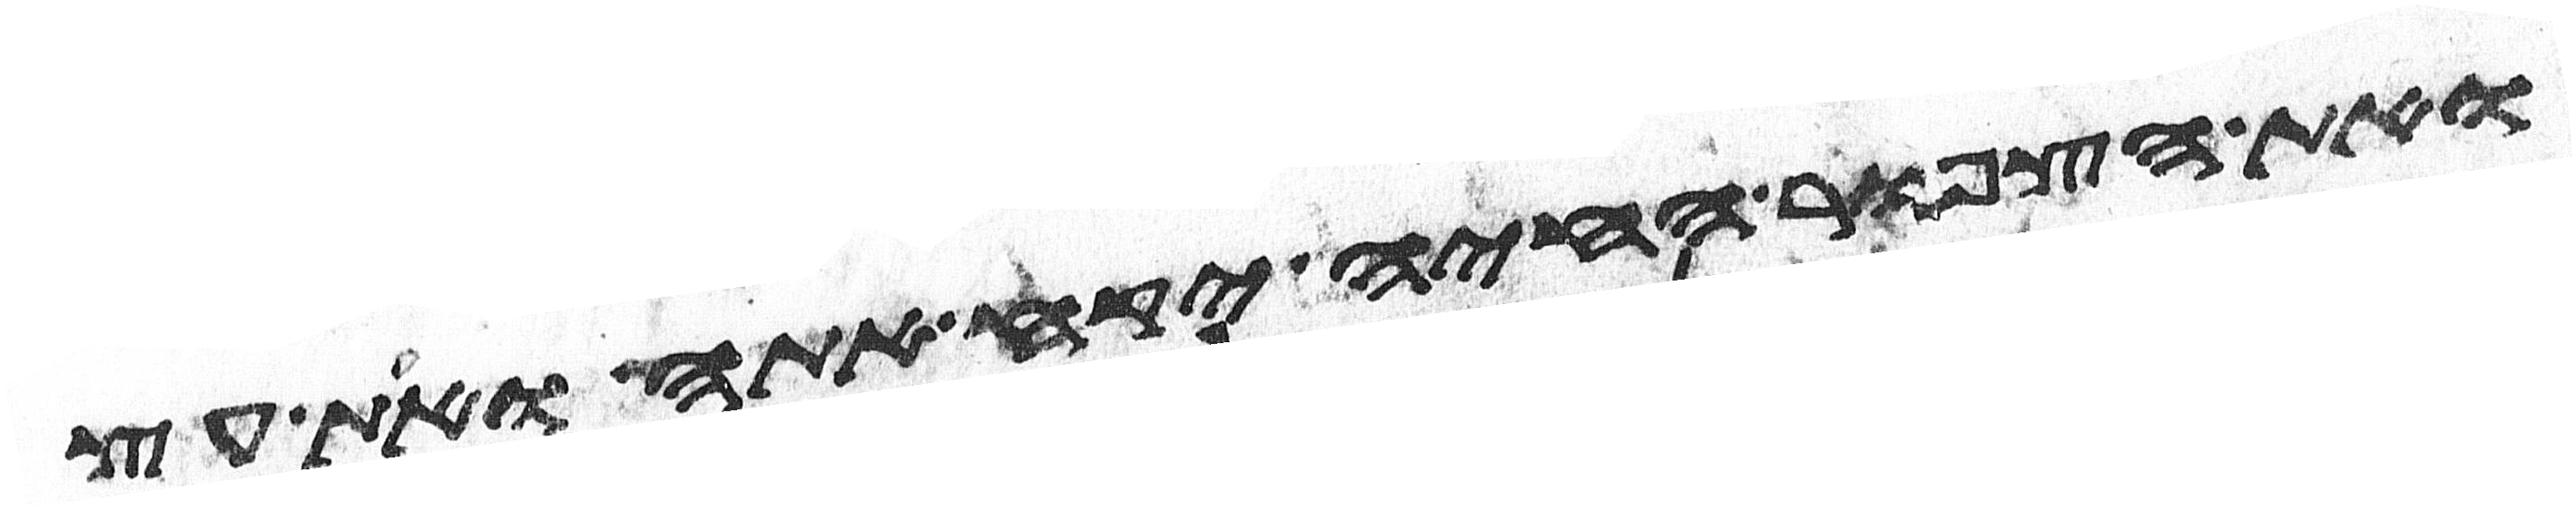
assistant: ואת הצפור החיה יקח אתה ואת עץ